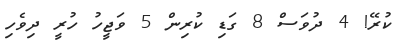
ކުރޭ! 4 ދުވަސް 8 ގަޑި ކުރިން 5 ވަޖީހު ހުރީ ދިވެހި